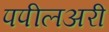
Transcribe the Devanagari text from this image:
पपीलअरी